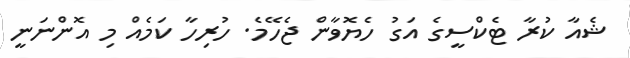
ޝެއާ ކުރާ ޓެކްސީގެ އަގު ހެޔޮވާން ޖެހޭމެ. ހުރިހާ ކަމެއް މި އޮންނަނީ